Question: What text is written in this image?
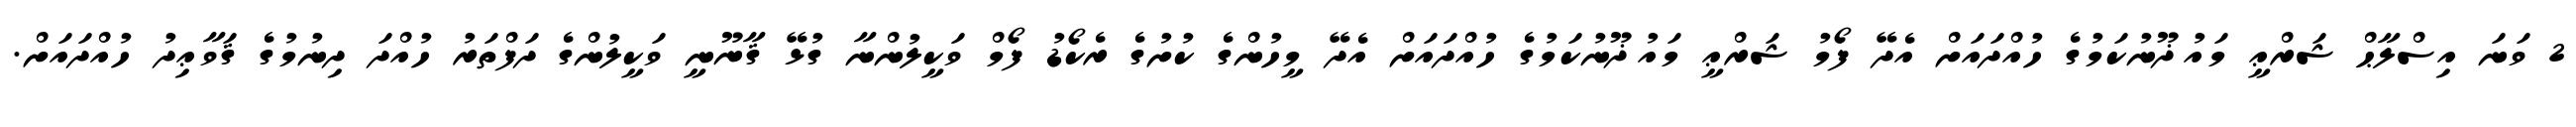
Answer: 2 ވަނަ އިސްލާޙް ޝަރްޢީ މައުޛޫނުކަމުގެ ހުއްދައަށް އެދޭ ފޯމު ޝަރްޢީ މައުޛޫނުކަމުގެ ހުއްދައަށް އެދޭ މީހުންގެ ކުށުގެ ރެކޯޑު ފޯމް ވަކީލުންނާ ގުޅޭ ޤާނޫނީ ވަކީލުންގެ ދަފްތަރު ހުއްދަ ދިނުމުގެ ޤަވާޢިދު ހުއްދައަށް.